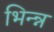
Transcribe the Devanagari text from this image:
भिन्न्न